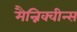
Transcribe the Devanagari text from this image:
मैन्निक्वीन्स